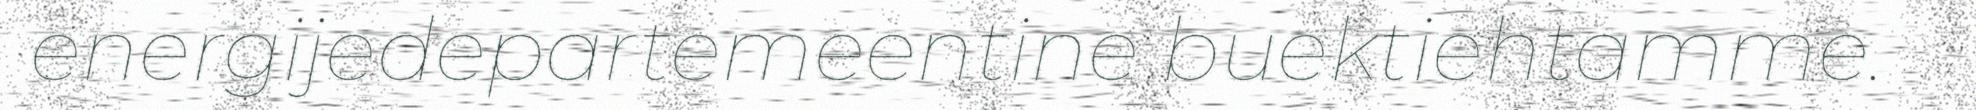
energijedepartemeentine buektiehtamme.